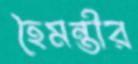
হৈমন্তীর